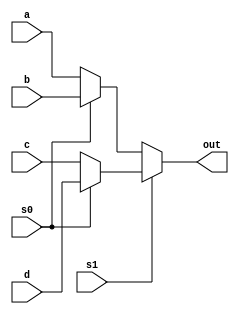
`timescale 1ns / 1ps
//////////////////////////////////////////////////////////////////////////////////
// Company: 
// Engineer: 
// 
// Design Name: 
// Module Name:    FourToOneMultiplexer 
// Project Name: 
// Target Devices: 
// Tool versions: 
// Description: 
//
// Dependencies: 
//
// Revision: 
// Revision 0.01 - File Created
// Additional Comments: 
//
//////////////////////////////////////////////////////////////////////////////////
module FourToOneMultiplexer(
input a, 
input b, 
input c, 
input d, 
input s0, s1,
output out); 

assign out = s1 ? (s0 ? d : c) : (s0 ? b : a); 

endmodule